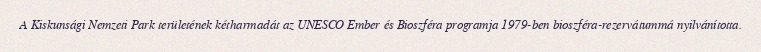
A Kiskunsági Nemzeti Park területének kétharmadát az UNESCO Ember és Bioszféra programja 1979-ben bioszféra-rezervátummá nyilvánította.